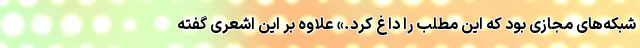
شبکه‌های مجازی بود که این مطلب را داغ کرد.» علاوه بر این اشعری گفته